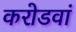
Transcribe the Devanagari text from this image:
करोडवां